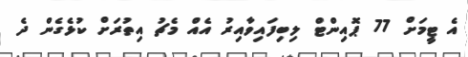
އެ ޓީމަށް 77 ޕޮއިންޓް ލިބިފައިވާއިރު އެއް މެޗު އިތުރަށް ކުޅެގެން ދެ